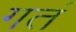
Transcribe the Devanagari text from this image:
गतं